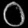
Digit: ၀